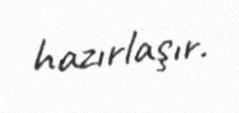
hazırlaşır.